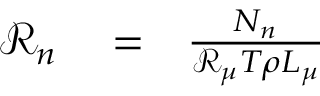
\begin{array} { r l r } { \mathcal { R } _ { n } } & { { } = } & { \frac { N _ { n } } { \mathcal { R } _ { \mu } T \rho L _ { \mu } } } \end{array}